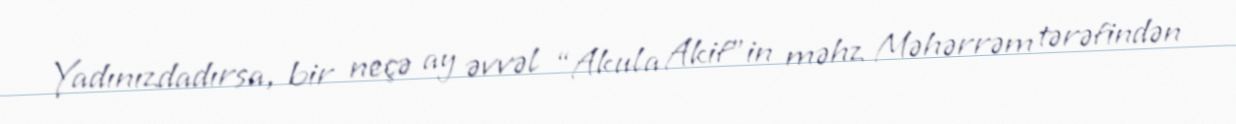
Yadınızdadırsa, bir neçə ay əvvəl “Akula Akif”in məhz Məhərrəm tərəfindən